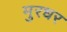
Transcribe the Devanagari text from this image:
मुरधर